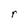
Character: r